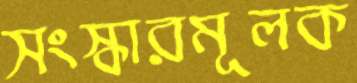
সংস্কারমূলক